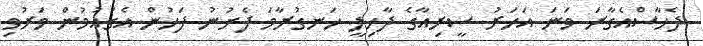
ދެހާސްއެގާރަ ވަނަ އަހަރު ސީރިއާގެ ދާހިލީ ހަނގުރާމަ ފެށުނު ފަހުން އެގައުމުން މަރުވި